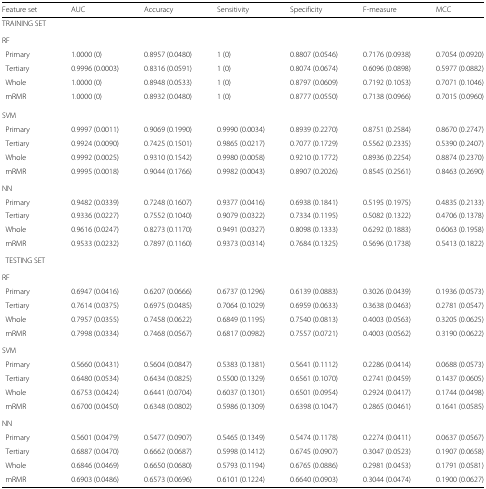
<table><thead><tr><td><b>Feature set</b></td><td><b>AUC</b></td><td><b>Accuracy</b></td><td><b>Sensitivity</b></td><td><b>Specificity</b></td><td><b>F-measure</b></td><td><b>MCC</b></td></tr></thead><tbody><tr><td colspan="7">TRAINING SET</td></tr><tr><td colspan="7">RF</td></tr><tr><td>Primary</td><td>1.0000 (0)</td><td>0.8957 (0.0480)</td><td>1 (0)</td><td>0.8807 (0.0546)</td><td>0.7176 (0.0938)</td><td>0.7054 (0.0920)</td></tr><tr><td>Tertiary</td><td>0.9996 (0.0003)</td><td>0.8316 (0.0591)</td><td>1 (0)</td><td>0.8074 (0.0674)</td><td>0.6096 (0.0898)</td><td>0.5977 (0.0882)</td></tr><tr><td>Whole</td><td>1.0000 (0)</td><td>0.8948 (0.0533)</td><td>1 (0)</td><td>0.8797 (0.0609)</td><td>0.7192 (0.1053)</td><td>0.7071 (0.1046)</td></tr><tr><td>mRMR</td><td>1.0000 (0)</td><td>0.8932 (0.0480)</td><td>1 (0)</td><td>0.8777 (0.0550)</td><td>0.7138 (0.0966)</td><td>0.7015 (0.0960)</td></tr><tr><td colspan="7">SVM</td></tr><tr><td>Primary</td><td>0.9997 (0.0011)</td><td>0.9069 (0.1990)</td><td>0.9990 (0.0034)</td><td>0.8939 (0.2270)</td><td>0.8751 (0.2584)</td><td>0.8670 (0.2747)</td></tr><tr><td>Tertiary</td><td>0.9924 (0.0090)</td><td>0.7425 (0.1501)</td><td>0.9865 (0.0217)</td><td>0.7077 (0.1729)</td><td>0.5562 (0.2335)</td><td>0.5390 (0.2407)</td></tr><tr><td>Whole</td><td>0.9992 (0.0025)</td><td>0.9310 (0.1542)</td><td>0.9980 (0.0058)</td><td>0.9210 (0.1772)</td><td>0.8936 (0.2254)</td><td>0.8874 (0.2370)</td></tr><tr><td>mRMR</td><td>0.9995 (0.0018)</td><td>0.9044 (0.1766)</td><td>0.9982 (0.0043)</td><td>0.8907 (0.2026)</td><td>0.8545 (0.2561)</td><td>0.8463 (0.2690)</td></tr><tr><td colspan="7">NN</td></tr><tr><td>Primary</td><td>0.9482 (0.0339)</td><td>0.7248 (0.1607)</td><td>0.9377 (0.0416)</td><td>0.6938 (0.1841)</td><td>0.5195 (0.1975)</td><td>0.4835 (0.2133)</td></tr><tr><td>Tertiary</td><td>0.9336 (0.0227)</td><td>0.7552 (0.1040)</td><td>0.9079 (0.0322)</td><td>0.7334 (0.1195)</td><td>0.5082 (0.1322)</td><td>0.4706 (0.1378)</td></tr><tr><td>Whole</td><td>0.9616 (0.0247)</td><td>0.8273 (0.1170)</td><td>0.9491 (0.0327)</td><td>0.8098 (0.1333)</td><td>0.6292 (0.1883)</td><td>0.6063 (0.1958)</td></tr><tr><td>mRMR</td><td>0.9533 (0.0232)</td><td>0.7897 (0.1160)</td><td>0.9373 (0.0314)</td><td>0.7684 (0.1325)</td><td>0.5696 (0.1738)</td><td>0.5413 (0.1822)</td></tr><tr><td colspan="7">TESTING SET</td></tr><tr><td colspan="7">RF</td></tr><tr><td>Primary</td><td>0.6947 (0.0416)</td><td>0.6207 (0.0666)</td><td>0.6737 (0.1296)</td><td>0.6139 (0.0883)</td><td>0.3026 (0.0439)</td><td>0.1936 (0.0573)</td></tr><tr><td>Tertiary</td><td>0.7614 (0.0375)</td><td>0.6975 (0.0485)</td><td>0.7064 (0.1029)</td><td>0.6959 (0.0633)</td><td>0.3638 (0.0463)</td><td>0.2781 (0.0547)</td></tr><tr><td>Whole</td><td>0.7957 (0.0355)</td><td>0.7458 (0.0622)</td><td>0.6849 (0.1195)</td><td>0.7540 (0.0813)</td><td>0.4003 (0.0563)</td><td>0.3205 (0.0625)</td></tr><tr><td>mRMR</td><td>0.7998 (0.0334)</td><td>0.7468 (0.0567)</td><td>0.6817 (0.0982)</td><td>0.7557 (0.0721)</td><td>0.4003 (0.0562)</td><td>0.3190 (0.0622)</td></tr><tr><td colspan="7">SVM</td></tr><tr><td>Primary</td><td>0.5660 (0.0431)</td><td>0.5604 (0.0847)</td><td>0.5383 (0.1381)</td><td>0.5641 (0.1112)</td><td>0.2286 (0.0414)</td><td>0.0688 (0.0573)</td></tr><tr><td>Tertiary</td><td>0.6480 (0.0534)</td><td>0.6434 (0.0825)</td><td>0.5500 (0.1329)</td><td>0.6561 (0.1070)</td><td>0.2741 (0.0459)</td><td>0.1437 (0.0605)</td></tr><tr><td>Whole</td><td>0.6753 (0.0424)</td><td>0.6441 (0.0704)</td><td>0.6037 (0.1301)</td><td>0.6501 (0.0954)</td><td>0.2924 (0.0417)</td><td>0.1744 (0.0498)</td></tr><tr><td>mRMR</td><td>0.6700 (0.0450)</td><td>0.6348 (0.0802)</td><td>0.5986 (0.1309)</td><td>0.6398 (0.1047)</td><td>0.2865 (0.0461)</td><td>0.1641 (0.0585)</td></tr><tr><td colspan="7">NN</td></tr><tr><td>Primary</td><td>0.5601 (0.0479)</td><td>0.5477 (0.0907)</td><td>0.5465 (0.1349)</td><td>0.5474 (0.1178)</td><td>0.2274 (0.0411)</td><td>0.0637 (0.0567)</td></tr><tr><td>Tertiary</td><td>0.6887 (0.0470)</td><td>0.6662 (0.0687)</td><td>0.5998 (0.1412)</td><td>0.6745 (0.0907)</td><td>0.3047 (0.0523)</td><td>0.1907 (0.0658)</td></tr><tr><td>Whole</td><td>0.6846 (0.0469)</td><td>0.6650 (0.0680)</td><td>0.5793 (0.1194)</td><td>0.6765 (0.0886)</td><td>0.2981 (0.0453)</td><td>0.1791 (0.0581)</td></tr><tr><td>mRMR</td><td>0.6903 (0.0486)</td><td>0.6573 (0.0696)</td><td>0.6101 (0.1224)</td><td>0.6640 (0.0903)</td><td>0.3044 (0.0474)</td><td>0.1900 (0.0627)</td></tr></tbody></table>